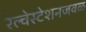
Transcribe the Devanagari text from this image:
रेल्वेस्टेशनजवळ